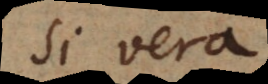
si vera